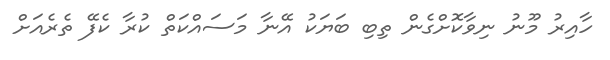
ހާއިރު މޫނު ނިވާކޮށްގެން ތިބި ބަޔަކު އޭނާ މަސައްކަތް ކުރާ ކެފޭ ތެރެއަށް